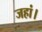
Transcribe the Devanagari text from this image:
जहां।